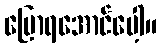
ပြောရအောင်ပေါ့။